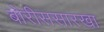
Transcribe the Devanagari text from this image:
बोरीससारखा